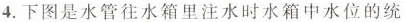
4. 下图是水管往水箱里注水时水箱中水位的统